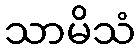
သာမိသံ